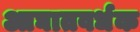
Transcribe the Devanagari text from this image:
आघातवर्धक